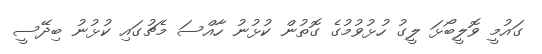
ގައުމީ ވޮލީބޯޅަ ލީގު ހުޅުވުމުގެ ގޮތުން ކުޅުނު ހާއްސަ މެޗުގައި ކުޅުނު ބިދޭސީ